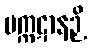
မက္ကဋာနဉှိ